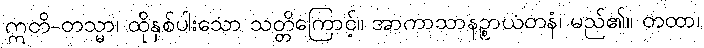
ဣတိ-တသ္မာ၊ ထိုနှစ်ပါးသော သတ္တိကြောင့်။ အာကာသာနဉ္စာယတနံ၊ မည်၏။ တထာ၊